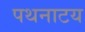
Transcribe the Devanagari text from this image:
पथनाटय